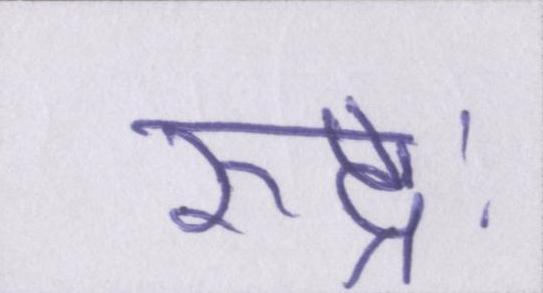
रुद्रः